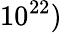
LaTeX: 10^{22})